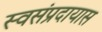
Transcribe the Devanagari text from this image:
स्वसंप्रदायास